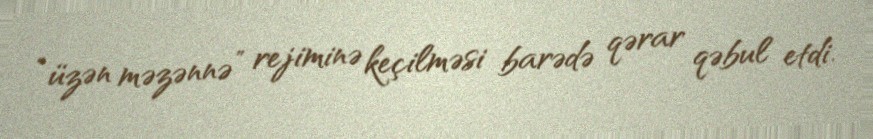
“üzən məzənnə” rejiminə keçilməsi barədə qərar qəbul etdi.